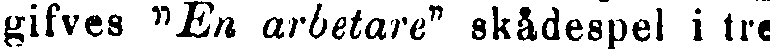
gifves "En arbetare" skådespel i tre